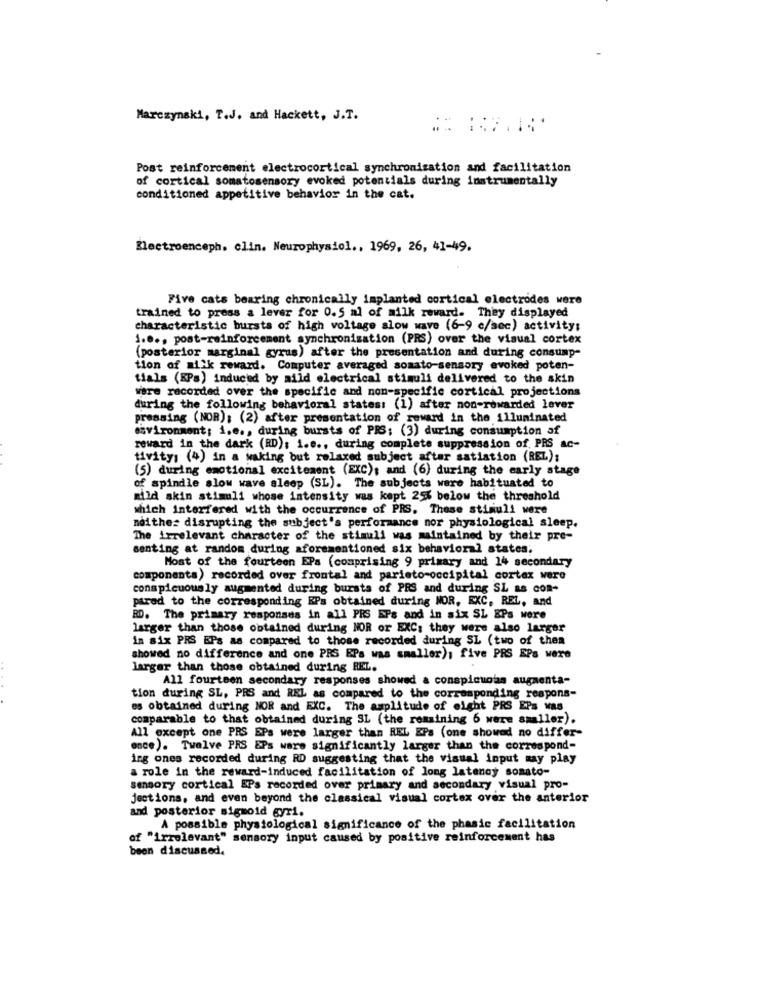
Marczynski, T.J. and Hackett, J.T.
Post reinforcement electrocortical synchronization and facilitation
of cortical somatosensory evoked potentials during instrumentally
conditioned appetitive behavior in the cat.
Electroenceph. clin. Neurophysiol ., 1969, 26, 41-49.
Five cats bearing chronically implanted cortical electrodes were
trained to press a lever for 0.5 al of milk reward. They displayed
characteristic bursts of high voltage slow wave (6-9 c/sec) activity;
1.0 ., post-reinforcement synchronization (PRS) over the visual cortex
(posterior marginal gyrus) after the presentation and during consump-
tion of milk reward. Computer averaged somato-sensory evoked poten-
tials (RPs) induced by mild electrical stimuli delivered to the skin
were recorded over the specific and non-specific cortical projections
during the following behavioral states: (1) after non-rewarded lever
pressing (NOR): (2) after presentation of reward in the illuminated
.vironment; i.e ., during bursts of PRS; (3) during consumption of
reward in the dark (RD): i.e ., during complete suppression of PRS ac-
tivity; (4) in a waking but relaxed subject after satiation (REL);
(5) during emotional excitement (EXC); and (6) during the early stage
of spindle slow wave sleep (SL). The subjects were habituated to
mild skin stimuli whose intensity was kept 25% below the threshold
which interfered with the occurrence of PRS. These stimuli were
noithe: disrupting the subject's performance nor physiological sleep.
The irrelevant character of the stimuli was maintained by their pre-
senting at random during aforementioned six behavioral states;
Most of the fourteen EPs (comprising 9 primary and 14 secondary
components) recorded over frontal and parieto-occipital cortex were
conspicuously augmented during bursts of PRS and during SL as COR-
parad to the corresponding EPs obtained during MOR, EXC, REL, and
RD. The primary responses in all PRS EPs and in six SL &Ps were
larger than those obtained during NOR or EXC; they were also larger
in six PRS EPs as compared to those recorded during SL (two of then
showed no difference and one PRS EPs was smaller), five PRS EPs were
larger than those obtained during REL.
All fourteen secondary responses showed a conspicuous augmenta-
tion during SL, PRS and REL as compared to the corresponding respons-
es obtained during NOR and EXC. The amplitude of eight PRS EPs was
comparable to that obtained during SL (the remaining 6 were smaller).
All except one PRS EPs were larger than REL EPa (one showed no differ-
once). Twelve PRS EPs ware significantly larger than the correspond-
ing ones recorded during RD suggesting that the visual input may play
a role in the reward-induced facilitation of long latency somato-
sensory cortical EPs recorded over primary and secondary visual pro-
jections, and even beyond the classical visual cortex over the anterior
and posterior sigmoid gyr1.
A possible physiological significance of the phasic facilitation
of "irrelevant" sensory input caused by positive reinforcement has
been discussed.